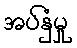
အပ်နှံမှု